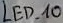
Text: LED_10